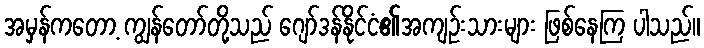
အမှန်ကတော့ ကျွန်တော်တို့သည် ဂျော်ဒန်နိုင်ငံ၏အကျဉ်းသားများ ဖြစ်နေကြ ပါသည်။